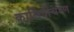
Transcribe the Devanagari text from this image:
कालिंदीचरण